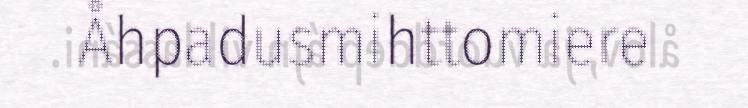
Åhpadusmihttomiere